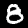
Label: 8